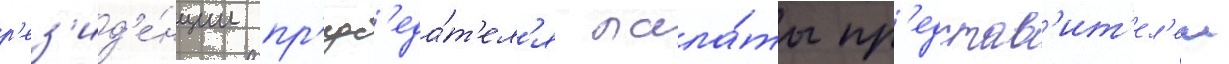
р'ез'ид'е́нции пр'едс'еда́т'ел'я пала́ты пр'едстав'ит'ел'еи